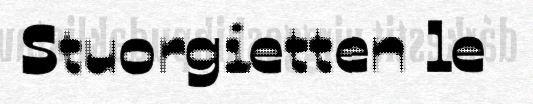
Stuorgietten le